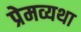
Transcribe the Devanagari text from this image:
प्रेमव्यथा